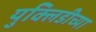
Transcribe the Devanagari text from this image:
युक्लिडीच्या